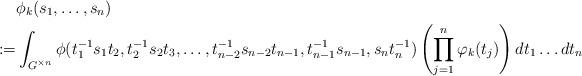
LaTeX: \begin{align*}& \phi_k(s_1, \ldots, s_n) \\ := & \int_{G^{\times n}} \phi(t_1^{-1} s_1 t_2, t_2^{-1} s_2 t_3, \ldots , t_{n-2}^{-1} s_{n-2} t_{n-1} , t_{n-1}^{-1} s_{n-1}, s_n t_{n}^{-1} ) \left( \prod_{j=1}^{n} \varphi_k(t_j) \right) dt_1 \ldots dt_n \end{align*}